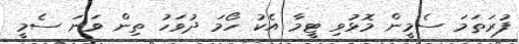
ފުރަތަމަ ސެމީން މޮޅުވި ޓީމާ އެކު ހޯމަ ދުވަހު ތިން ވަނަ ސެމީ